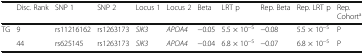
<table><thead><tr><td></td><td><b>Disc. Rank</b></td><td><b>SNP 1</b></td><td><b>SNP 2</b></td><td><b>Locus 1</b></td><td><b>Locus 2</b></td><td><b>Beta</b></td><td><b>LRT p</b></td><td><b>Rep. Beta</b></td><td><b>Rep. LRT p</b></td><td><b>Rep. Cohort<sup>a</sup></b></td></tr></thead><tbody><tr><td rowspan="2">TG</td><td>9</td><td>rs11216162</td><td>rs1263173</td><td><i>SIK3</i></td><td><i>APOA4</i></td><td>−0.05</td><td>5.5 × 10<sup>−5</sup></td><td>−0.08</td><td>5.5 × 10<sup>−5</sup></td><td>P</td></tr><tr><td>44</td><td>rs625145</td><td>rs1263173</td><td><i>SIK3</i></td><td><i>APOA4</i></td><td>−0.04</td><td>6.8 × 10<sup>−5</sup></td><td>−0.07</td><td>6.8 × 10<sup>−5</sup></td><td>P</td></tr></tbody></table>